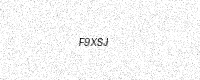
Text: F9XSJ